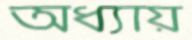
অধ্যায়